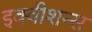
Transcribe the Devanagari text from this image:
इक्‍वीशन्‍स